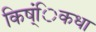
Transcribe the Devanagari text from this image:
किष्ंिकधा